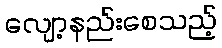
လျော့နည်းစေသည့်